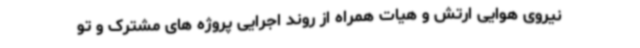
نیروی هوایی ارتش و هیات همراه از روند اجرایی پروژه های مشترک و تو